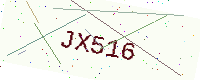
Text: JX516